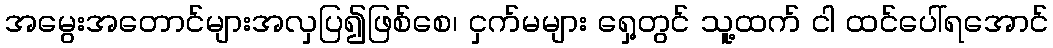
အမွေးအတောင်များအလှပြ၍ဖြစ်စေ၊ ငှက်မများ ရှေ့တွင် သူ့ထက် ငါ ထင်ပေါ်ရအောင်